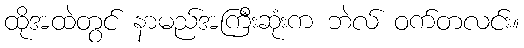
ထိုအထဲတွင် နာမည်အကြီးဆုံးက ဘဲလ် ဝက်တလင်း။